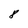
Character: 8